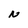
Character: N